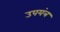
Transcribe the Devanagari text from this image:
उपयंत्र